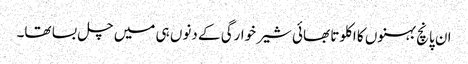
ان پانچ بہنوں کا اکلوتا بھائی شیر خوارگی کے دنوں ہی میں چل بسا تھا۔